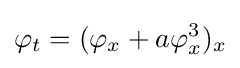
\varphi _{t}=(\varphi _{x}+a\varphi _{x}^{3})_{x}